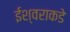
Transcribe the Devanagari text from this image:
ईश्‍वराकडे